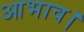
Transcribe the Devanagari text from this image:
आभाव।